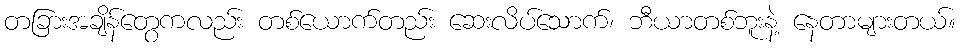
တခြားအချိန်တွေကလည်း တစ်ယောက်တည်း ဆေးလိပ်သောက်၊ ဘီယာတစ်ဘူးနဲ့ နေတာများတယ်။